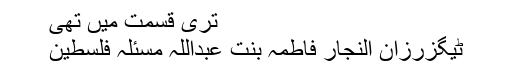
تری قسمت میں تھی
ٹیگزرزان النجار فاطمہ بنت عبداللہ مسئلہ فلسطین